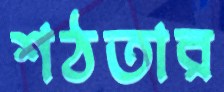
শঠতার